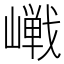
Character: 𪩔